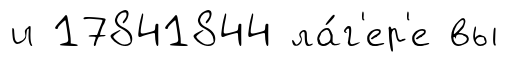
и 17841844 ла́г'ер'е вы